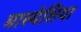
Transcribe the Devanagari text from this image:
मास्पेशिया